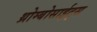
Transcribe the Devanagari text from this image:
थ्रोम्बोसाईट्स